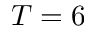
T = 6